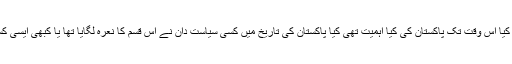
غور طلب بات یہ ہے کہ کیا اس وقت تک پاکستان کی کیا اہمیت تھی کیا پاکستان کی تاریخ میں کسی سیاست دان نے اس قسم کا نعرہ لگایا تھا یا کبھی ایسی کسی بات کا تذکرہ کیا تھا ۔